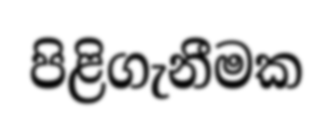
පිළිගැනීමක